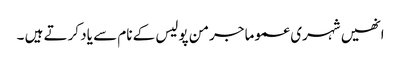
انھیں شہری عموما جرمن پولیس کے نام سے یاد کرتے ہیں ۔